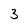
Character: 3